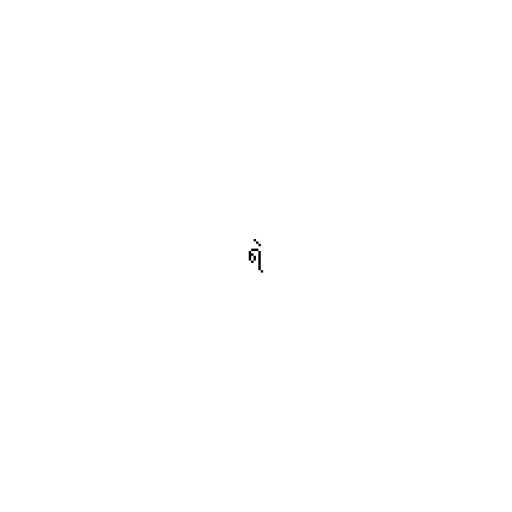
ရဲ